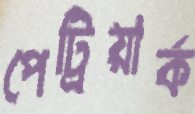
পেট্রিয়ার্ক